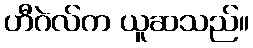
ဟီဂဲလ်က ယူဆသည်။